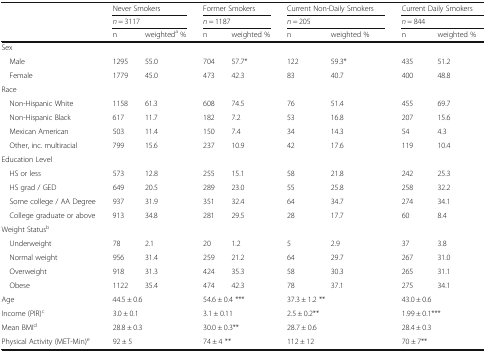
<table><thead><tr><td rowspan="3"></td><td colspan="2"><b>Never Smokers</b></td><td colspan="2"><b>Former Smokers</b></td><td colspan="2"><b>Current Non-Daily Smokers</b></td><td colspan="2"><b>Current Daily Smokers</b></td></tr><tr><td colspan="2"><b><i>n</i> = 3117</b></td><td colspan="2"><b><i>n</i> = 1187</b></td><td colspan="2"><b><i>n</i> = 205</b></td><td colspan="2"><b><i>n</i> = 844</b></td></tr><tr><td><b>n</b></td><td><b>weighted<sup>a</sup> %</b></td><td><b>n</b></td><td><b>weighted %</b></td><td><b>n</b></td><td><b>weighted %</b></td><td><b>n</b></td><td><b>weighted %</b></td></tr></thead><tbody><tr><td colspan="9">Sex</td></tr><tr><td> Male</td><td>1295</td><td>55.0</td><td>704</td><td>57.7*</td><td>122</td><td>59.3*</td><td>435</td><td>51.2</td></tr><tr><td> Female</td><td>1779</td><td>45.0</td><td>473</td><td>42.3</td><td>83</td><td>40.7</td><td>400</td><td>48.8</td></tr><tr><td colspan="9">Race</td></tr><tr><td> Non-Hispanic White</td><td>1158</td><td>61.3</td><td>608</td><td>74.5</td><td>76</td><td>51.4</td><td>455</td><td>69.7</td></tr><tr><td> Non-Hispanic Black</td><td>617</td><td>11.7</td><td>182</td><td>7.2</td><td>53</td><td>16.8</td><td>207</td><td>15.6</td></tr><tr><td> Mexican American</td><td>503</td><td>11.4</td><td>150</td><td>7.4</td><td>34</td><td>14.3</td><td>54</td><td>4.3</td></tr><tr><td> Other, inc. multiracial</td><td>799</td><td>15.6</td><td>237</td><td>10.9</td><td>42</td><td>17.6</td><td>119</td><td>10.4</td></tr><tr><td colspan="9">Education Level</td></tr><tr><td> HS or less</td><td>573</td><td>12.8</td><td>255</td><td>15.1</td><td>58</td><td>21.8</td><td>242</td><td>25.3</td></tr><tr><td> HS grad / GED</td><td>649</td><td>20.5</td><td>289</td><td>23.0</td><td>55</td><td>25.8</td><td>258</td><td>32.2</td></tr><tr><td> Some college / AA Degree</td><td>937</td><td>31.9</td><td>351</td><td>32.4</td><td>64</td><td>34.7</td><td>274</td><td>34.1</td></tr><tr><td> College graduate or above</td><td>913</td><td>34.8</td><td>281</td><td>29.5</td><td>28</td><td>17.7</td><td>60</td><td>8.4</td></tr><tr><td colspan="9">Weight Status<sup>b</sup></td></tr><tr><td> Underweight</td><td>78</td><td>2.1</td><td>20</td><td>1.2</td><td>5</td><td>2.9</td><td>37</td><td>3.8</td></tr><tr><td> Normal weight</td><td>956</td><td>31.4</td><td>259</td><td>21.2</td><td>64</td><td>29.7</td><td>267</td><td>31.0</td></tr><tr><td> Overweight</td><td>918</td><td>31.3</td><td>424</td><td>35.3</td><td>58</td><td>30.3</td><td>265</td><td>31.1</td></tr><tr><td> Obese</td><td>1122</td><td>35.4</td><td>474</td><td>42.3</td><td>78</td><td>37.1</td><td>275</td><td>34.1</td></tr><tr><td>Age</td><td colspan="2">44.5 ± 0.6</td><td colspan="2">54.6 ± 0.4 ***</td><td colspan="2">37.3 ± 1.2 **</td><td colspan="2">43.0 ± 0.6</td></tr><tr><td>Income (PIR)<sup>c</sup></td><td colspan="2">3.0 ± 0.1</td><td colspan="2">3.1 ± 0.11</td><td colspan="2">2.5 ± 0.2**</td><td colspan="2">1.99 ± 0.1***</td></tr><tr><td>Mean BMI<sup>d</sup></td><td colspan="2">28.8 ± 0.3</td><td colspan="2">30.0 ± 0.3**</td><td colspan="2">28.7 ± 0.6</td><td colspan="2">28.4 ± 0.3</td></tr><tr><td>Physical Activity (MET-Min)<sup>e</sup></td><td colspan="2">92 ± 5</td><td colspan="2">74 ± 4 **</td><td colspan="2">112 ± 12</td><td colspan="2">70 ± 7**</td></tr></tbody></table>